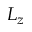
L _ { z }